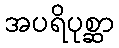
အပရိပုစ္ဆာ